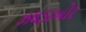
ઝઘડાખોર